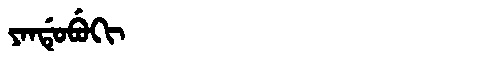
Manchu: ᠶᠠᠨᡩᡠᠪᡠᡴᡳ
Romanization: YANDUBUKI